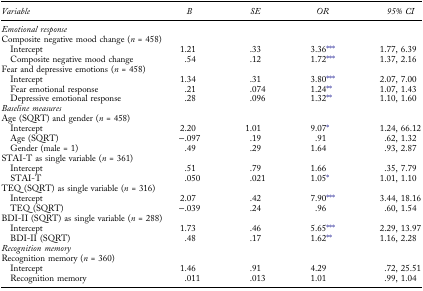
| Variable | B | SE | OR | 95% CI |
 | --- | --- | --- | --- | --- |
 | <COLSPAN=5> Emotional response |
 | <COLSPAN=5> Composite negative mood change (n = 458) |
 | Intercept | 1.21 | .33 | 3.36*** | 1.77, 6.39 |
 | Composite negative mood change | .54 | .12 | 1.72*** | 1.37, 2.16 |
 | <COLSPAN=5> Fear and depressive emotions (n = 458) |
 | Intercept | 1.34 | .31 | 3.80*** | 2.07, 7.00 |
 | Fear emotional response | .21 | .074 | 1.24** | 1.07, 1.43 |
 | Depressive emotional response | .28 | .096 | 1.32** | 1.10, 1.60 |
 | <COLSPAN=5> Baseline measures |
 | <COLSPAN=5> Age (SQRT) and gender (n = 458) |
 | Intercept | 2.20 | 1.01 | 9.07* | 1.24, 66.12 |
 | Age (SQRT) | −.097 | .19 | .91 | .62, 1.32 |
 | Gender (male = 1) | .49 | .29 | 1.64 | .93, 2.87 |
 | <COLSPAN=5> STAI-T as single variable (n = 361) |
 | Intercept | .51 | .79 | 1.66 | .35, 7.79 |
 | STAI-T | .050 | .021 | 1.05* | 1.01, 1.10 |
 | <COLSPAN=5> TEQ (SQRT) as single variable (n = 316) |
 | Intercept | 2.07 | .42 | 7.90*** | 3.44, 18.16 |
 | TEQ (SQRT) | −.039 | .24 | .96 | .60, 1.54 |
 | <COLSPAN=5> BDI-II (SQRT) as single variable (n = 288) |
 | Intercept | 1.73 | .46 | 5.65*** | 2.29, 13.97 |
 | BDI-II (SQRT) | .48 | .17 | 1.62** | 1.16, 2.28 |
 | <COLSPAN=5> Recognition memory |
 | <COLSPAN=5> Recognition memory (n = 360) |
 | Intercept | 1.46 | .91 | 4.29 | .72, 25.51 |
 | Recognition memory | .011 | .013 | 1.01 | .99, 1.04 |